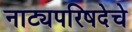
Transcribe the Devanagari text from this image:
नाट्यपरिषदेचे